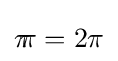
\pi \!\;\!\!\!\pi =2\pi